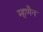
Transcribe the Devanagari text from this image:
म्हणैन